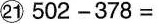
㉑$$ 502 - 378 = $$